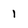
Character: 1